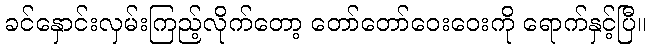
ခင်နှောင်းလှမ်းကြည့်လိုက်တော့ တော်တော်ဝေးဝေးကို ရောက်နှင့်ပြီ။